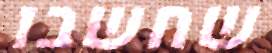
שחשבו